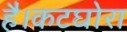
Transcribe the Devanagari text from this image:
है।कटघोरा